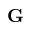
\mathbf { G }